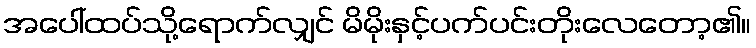
အပေါ်ထပ်သို့ရောက်လျှင် မိမိုးနှင့်ပက်ပင်းတိုးလေတော့၏။